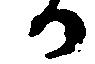
か